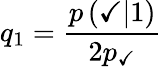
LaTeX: q_{1}=\frac{p\left(\checkmark|1\right)}{2p_{\checkmark}}